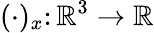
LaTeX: (\cdot)_{x}\colon{\mathbb{R}^{3}}\to\mathbb{R}